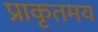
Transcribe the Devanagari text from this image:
प्राकृतमय